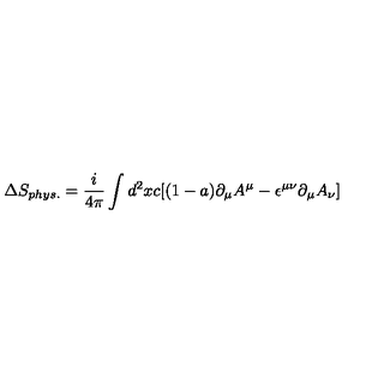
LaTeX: \Delta S _ { p h y s . } = { \frac { i } { 4 \pi } } \int d ^ { 2 } x c [ ( 1 - a ) \partial _ { \mu } A ^ { \mu } - \epsilon ^ { \mu \nu } \partial _ { \mu } A _ { \nu } ]